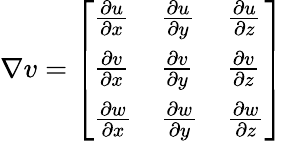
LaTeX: \begin{array}{r}{\nabla v=\left[\begin{array}{lll}{\frac{\partial u}{\partial x}}&{\frac{\partial u}{\partial y}}&{\frac{\partial u}{\partial z}}\\ {\frac{\partial v}{\partial x}}&{\frac{\partial v}{\partial y}}&{\frac{\partial v}{\partial z}}\\ {\frac{\partial w}{\partial x}}&{\frac{\partial w}{\partial y}}&{\frac{\partial w}{\partial z}}\end{array}\right]}\end{array}